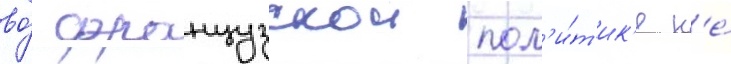
во́ французскои пол'и́т'ик'е н'е́